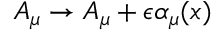
A _ { \mu } \to A _ { \mu } + \epsilon \alpha _ { \mu } ( x )